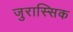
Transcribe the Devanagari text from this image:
जुरास्सिक